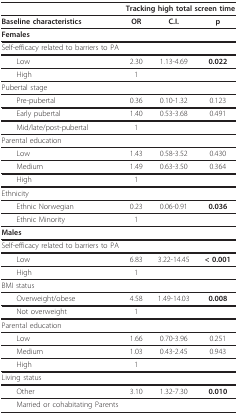
<table><thead><tr><td></td><td colspan="3"><b>Tracking high total screen time</b></td></tr></thead><tbody><tr><td><b>Baseline characteristics</b></td><td><b>OR</b></td><td><b>C.I</b>.</td><td><b>p</b></td></tr><tr><td colspan="4"><b>Females</b></td></tr><tr><td>Self-efficacy related to barriers to PA</td><td></td><td></td><td></td></tr><tr><td> Low</td><td>2.30</td><td>1.13-4.69</td><td><b>0.022</b></td></tr><tr><td> High</td><td>1</td><td></td><td></td></tr><tr><td colspan="4">Pubertal stage</td></tr><tr><td> Pre-pubertal</td><td>0.36</td><td>0.10-1.32</td><td>0.123</td></tr><tr><td> Early pubertal</td><td>1.40</td><td>0.53-3.68</td><td>0.491</td></tr><tr><td> Mid/late/post-pubertal</td><td>1</td><td></td><td></td></tr><tr><td colspan="4">Parental education</td></tr><tr><td> Low</td><td>1.43</td><td>0.58-3.52</td><td>0.430</td></tr><tr><td> Medium</td><td>1.49</td><td>0.63-3.50</td><td>0.364</td></tr><tr><td> High</td><td>1</td><td></td><td></td></tr><tr><td colspan="4">Ethnicity</td></tr><tr><td> Ethnic Norwegian</td><td>0.23</td><td>0.06-0.91</td><td><b>0.036</b></td></tr><tr><td> Ethnic Minority</td><td>1</td><td></td><td></td></tr><tr><td colspan="4"><b>Males</b></td></tr><tr><td>Self-efficacy related to barriers to PA</td><td></td><td></td><td></td></tr><tr><td> Low</td><td>6.83</td><td>3.22-14.45</td><td><b>&lt; 0.001</b></td></tr><tr><td> High</td><td>1</td><td></td><td></td></tr><tr><td colspan="4">BMI status</td></tr><tr><td> Overweight/obese</td><td>4.58</td><td>1.49-14.03</td><td><b>0.008</b></td></tr><tr><td> Not overweight</td><td>1</td><td></td><td></td></tr><tr><td colspan="4">Parental education</td></tr><tr><td> Low</td><td>1.66</td><td>0.70-3.96</td><td>0.251</td></tr><tr><td> Medium</td><td>1.03</td><td>0.43-2.45</td><td>0.943</td></tr><tr><td> High</td><td>1</td><td></td><td></td></tr><tr><td colspan="4">Living status</td></tr><tr><td> Other</td><td>3.10</td><td>1.32-7.30</td><td><b>0.010</b></td></tr><tr><td> Married or cohabitating Parents</td><td></td><td></td><td></td></tr></tbody></table>